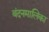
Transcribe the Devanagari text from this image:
बंदनमालिका